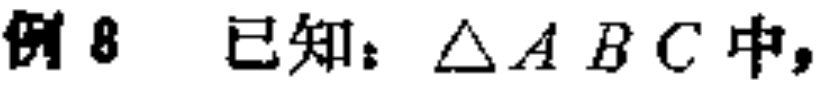
例8 已知：$\triangle ABC$中，